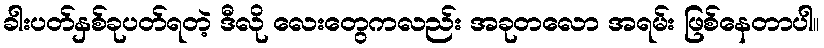
ခါးပတ်နှစ်ခုပတ်ရတဲ့ ဒီလို လေးတွေကလည်း အခုတလော အရမ်း ဖြစ်နေတာပါ။